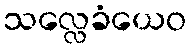
သလ္လေခံယေဝ